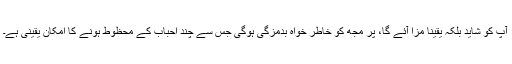
آپ کو شاید بلکہ یقینا مزا آئے گا، پر مجھ کو خاطر خواہ بدمزگی ہوگی جس سے چند احباب کے محظوط ہونے کا امکان یقینی ہے۔